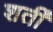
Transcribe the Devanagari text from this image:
शर्ती